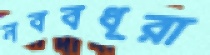
নববধূরা